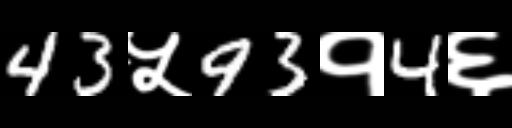
Text: 43५93१4६